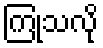
ကြုံသလို